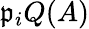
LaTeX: {\mathfrak{p}}_{i}Q(A)